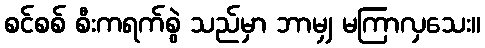
စင်စစ် စီးကရက်စွဲ သည်မှာ ဘာမျှ မကြာလှသေး။